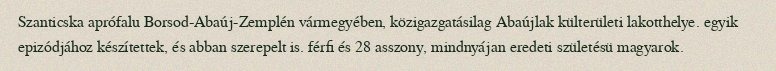
Szanticska aprófalu Borsod-Abaúj-Zemplén vármegyében, közigazgatásilag Abaújlak külterületi lakotthelye. egyik epizódjához készítettek, és abban szerepelt is. férfi és 28 asszony, mindnyájan eredeti születésü magyarok.